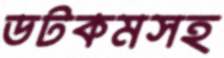
ডটকমসহ